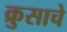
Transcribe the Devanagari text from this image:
क्रुसाचे